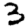
Digit: 3